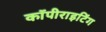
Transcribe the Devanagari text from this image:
कॉपीराइटिंग